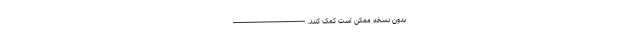
بدون نسخه ممکن است کمک کنند. ------------------------------------